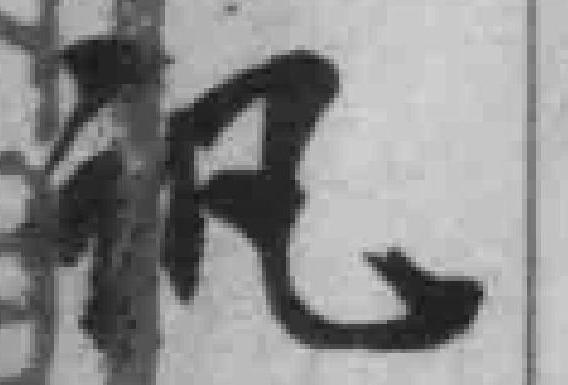
讯